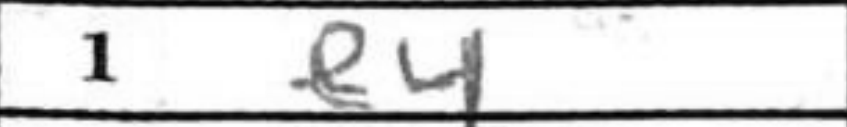
Transcription: e4